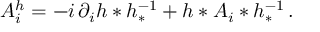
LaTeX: A _ { i } ^ { h } = - i \, \partial _ { i } h * h _ { * } ^ { - 1 } + h * A _ { i } * h _ { * } ^ { - 1 } \, .